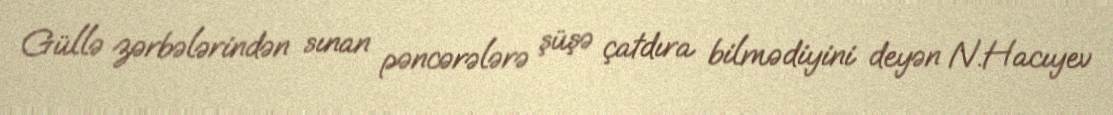
Güllə zərbələrindən sınan pəncərələrə şüşə çatdıra bilmədiyini deyən N.Hacıyev